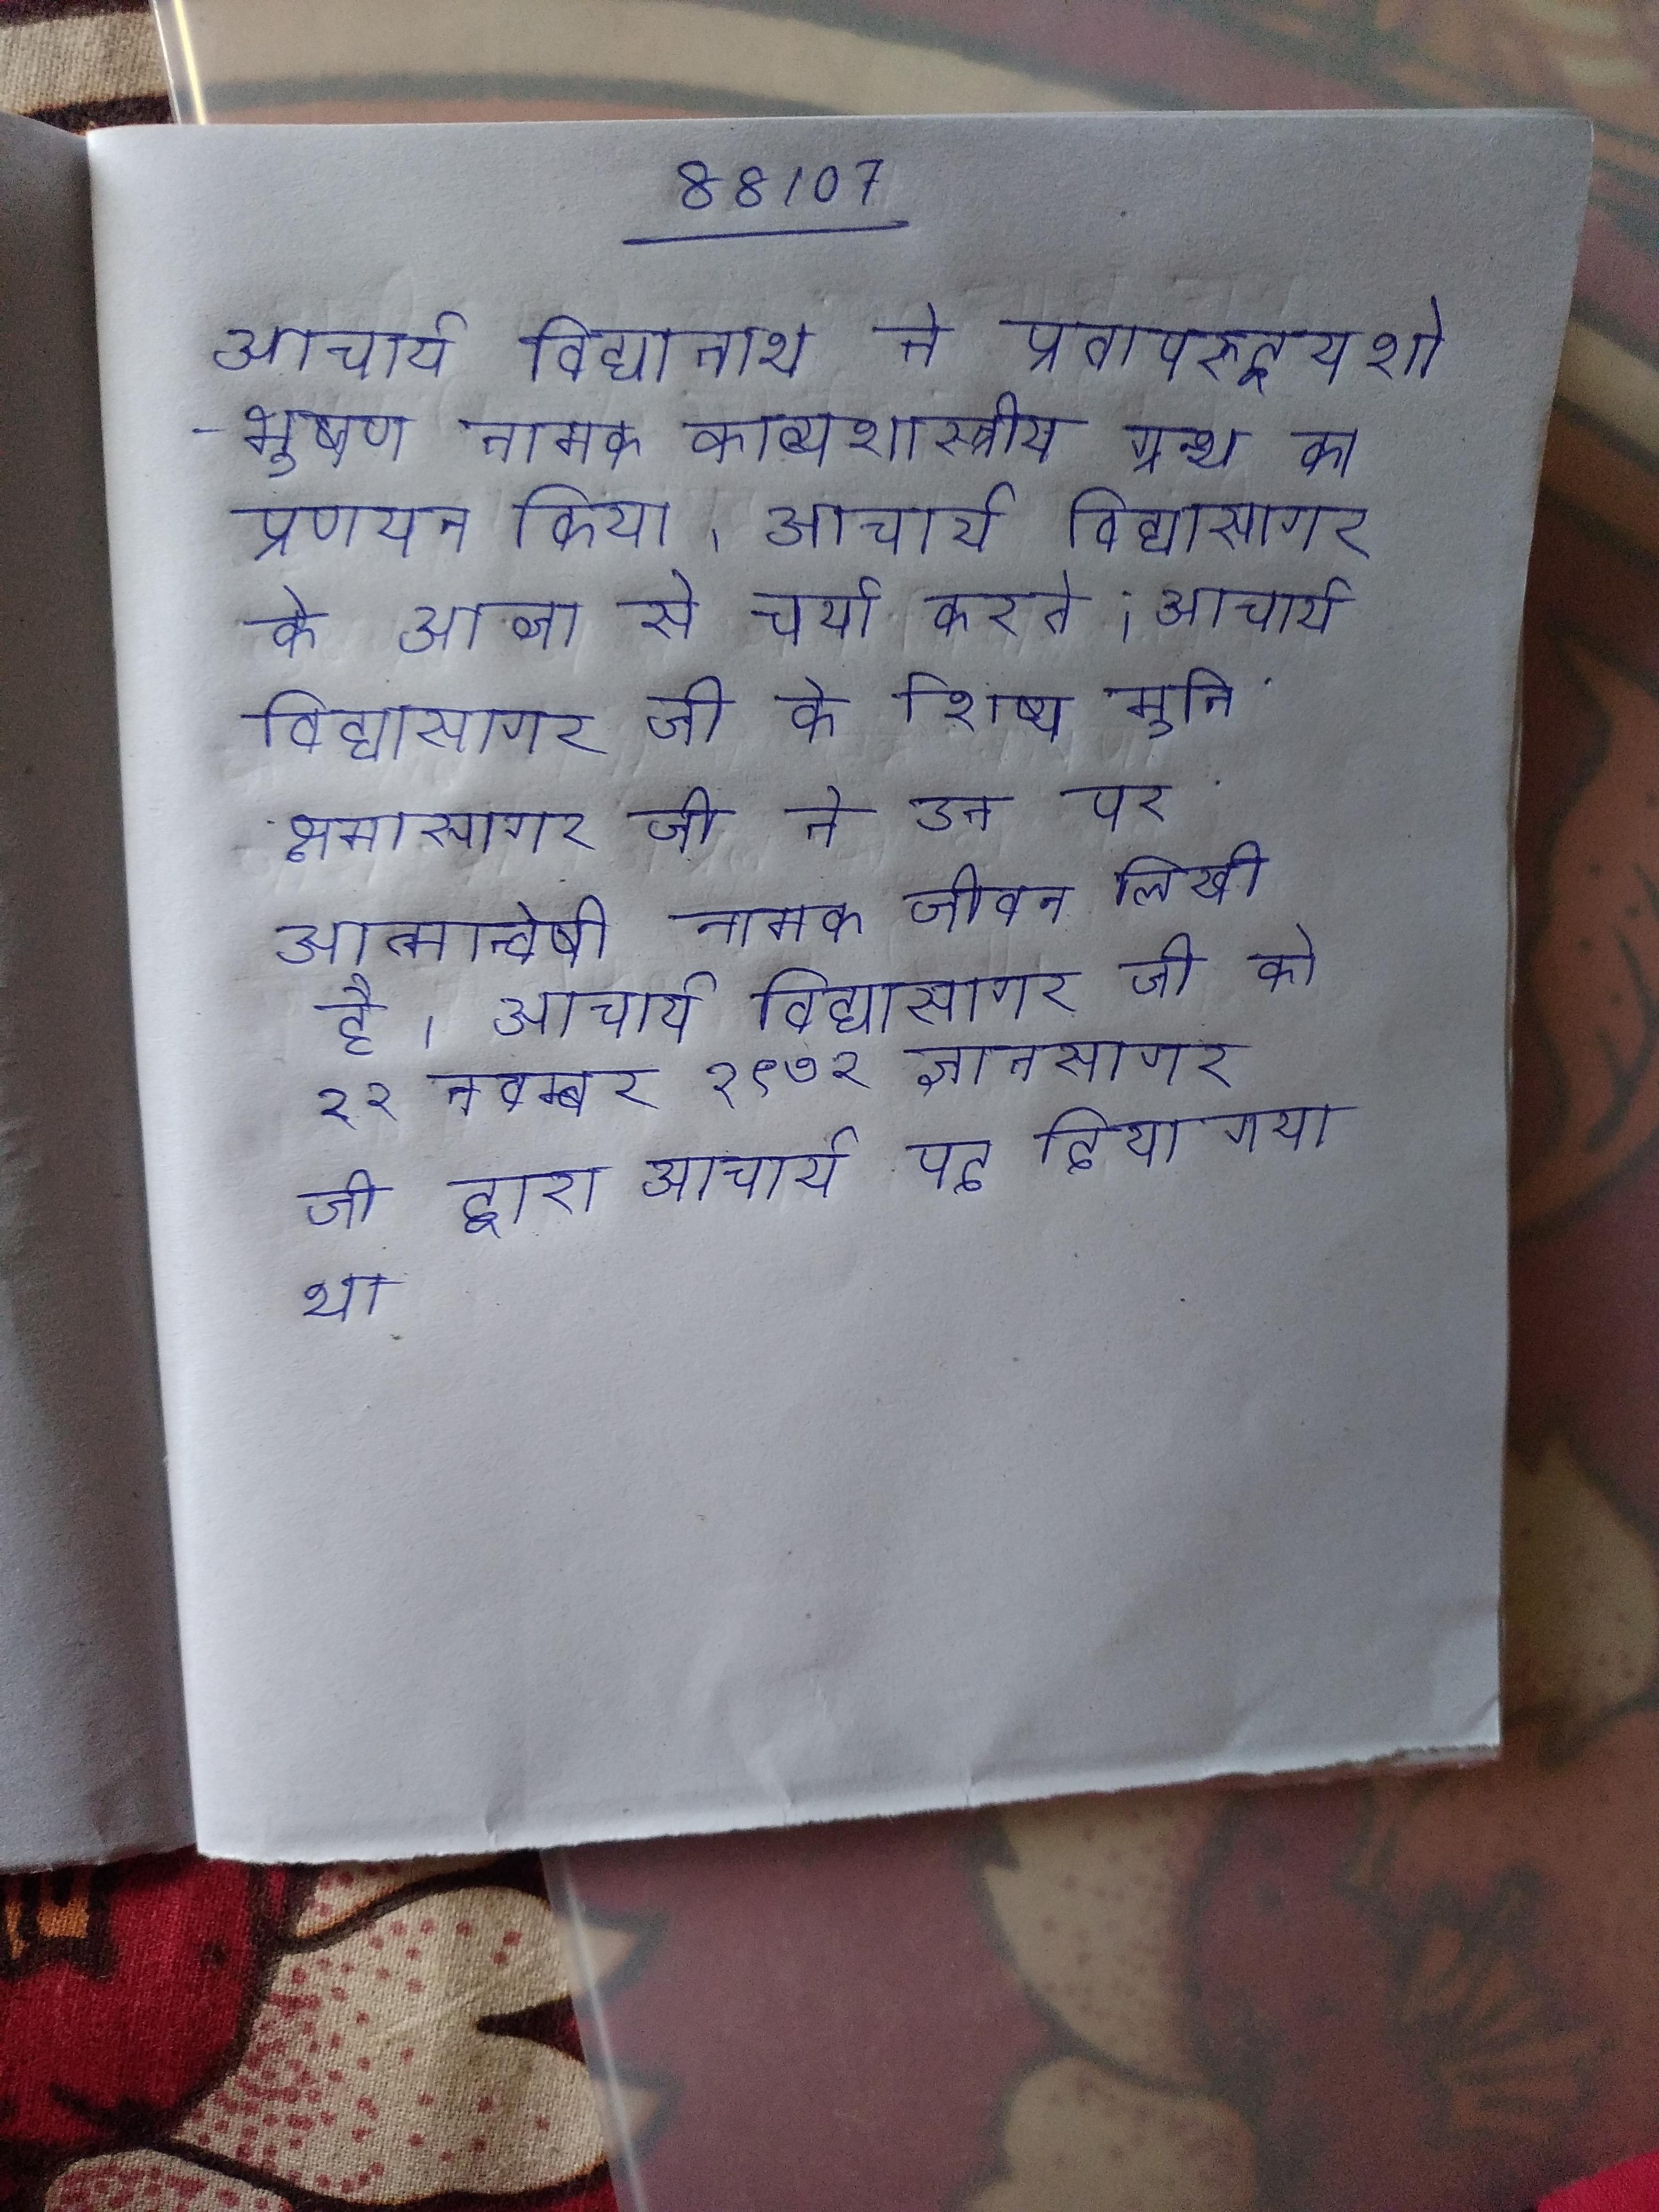
आचार्य विद्यानाथ ने प्रतापरुद्रयशोभूषण नामक काव्यशास्त्रीय ग्रन्थ का प्रणयन किया । आचार्य विद्यासागर के आज्ञा से चर्या करते । आचार्य विद्यासागर जी के शिष्य मुनि क्षमासागर जी ने उन पर आत्मान्वेषी नामक जीवनी लिखी है । आचार्य विद्यासागर जी को २२ नवम्बर १९७२ ज्ञानसागर जी द्वारा आचार्य पद दिया गया था ।